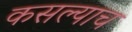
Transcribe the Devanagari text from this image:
कसल्याच